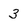
Character: 3